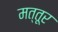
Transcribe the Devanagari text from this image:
मत्तूर